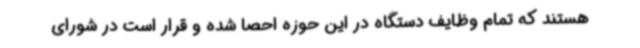
هستند که تمام وظایف دستگاه در این حوزه احصا شده و قرار است در شورای